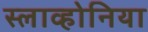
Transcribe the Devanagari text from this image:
स्लाव्होनिया